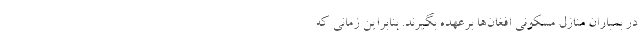
در بمباران منازل مسكوني افغان‌ها برعهده بگيرند. بنابراين زماني كه